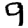
Digit: 9